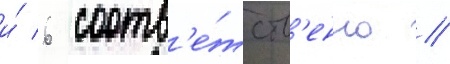
и́ 6 соотв'е́тств'енно //